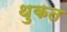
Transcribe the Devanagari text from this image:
थुकत